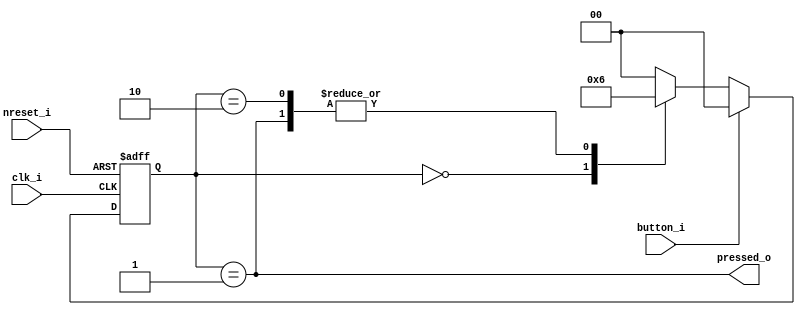
module ButtonInterpreter(
    input button_i,
    input clk_i,
    input nreset_i,
    
    output pressed_o
    );

    reg [1:0] state;

    always @(negedge clk_i or negedge nreset_i) begin
        if (~nreset_i) state <= 2'b00;
        else if (~button_i) 
            case (state)
                2'b00: state <= 2'b01;
                2'b01: state <= 2'b10;
                2'b10: state <= 2'b10;
                default: state <= 2'b00;
            endcase
        else state <= 2'b00;
    end

    assign pressed_o = (state == 2'b01);

endmodule

/* module digitdemux(
    input wire [3:0] a,
    input [1:0] sel,
    output reg [3:0] out_0,
    output reg [3:0] out_1,
    output reg [3:0] out_2,
    output reg [3:0] out_3
    );

    always @(*) begin
        case(sel) 
            2'b00: begin 
                out_0 = a;
                out_1 = 0;
                out_2 = 0;
                out_3 = 0;
            end
            2'b01: begin 
                out_0 = 0;
                out_1 = a;
                out_2 = 0;
                out_3 = 0;
            end
            2'b10: begin 
                out_0 = 0;
                out_1 = 0;
                out_2 = a;
                out_3 = 0;
            end
            2'b11: begin 
                out_0 = 0;
                out_1 = 0; 
                out_2 = 0;
                out_3 = a;
            end
        endcase
    end
endmodule */


module SwitchesManager(
    input key1_i,
    input key2_i,
    input key3_i,
    input set_switch_i,

    input clockmode_i,
    input stopwatchmode_i,
    input timermode_i,
    input clk_i,
    input nreset_i,
    
    output clock_set_run_switch_o, // set if 1, run if 0
    output clock_up_o, // key1
    output clock_down_o,  // key2
    output clock_setmode_o, // key3 set mode (sec, min, hr ) toggle
    
    // no output for switch, key1 for stopwatch
    output stopwatch_reset_o, // key2
    output stopwatch_runpause_o, // key3, run/pause toggle
    
    output timer_set_runorpause_switch_o, // set if 1, run or pause if 0
    output timer_up_o, // key1
    output timer_down_reset_o, // key2
    output timer_setmode_runpause_o // key3, set mode (sec, min, hr) toggle or run/pause toggle
    );

    wire [3:0] temp_outputs; // [0] for the switch, [1], [2], [3] for key1, key2, key3

    assign temp_outputs[0] = set_switch_i;

    ButtonInterpreter Key1Interpreter(
        .button_i(key1_i),
        .clk_i(clk_i),
        .nreset_i(nreset_i),
        .pressed_o(temp_outputs[1])
    );

    ButtonInterpreter Key2Interpreter(
        .button_i(key2_i),
        .clk_i(clk_i),
        .nreset_i(nreset_i),
        .pressed_o(temp_outputs[2])
    );

    ButtonInterpreter Key3Interpreter(
        .button_i(key3_i),
        .clk_i(clk_i),
        .nreset_i(nreset_i),
        .pressed_o(temp_outputs[3])
    );

    assign {clock_setmode_o, clock_down_o, clock_up_o, clock_set_run_switch_o} = {4{clockmode_i}} & temp_outputs;
    //      key3             key2          key1,       switch
    assign {stopwatch_runpause_o, stopwatch_reset_o} = {2{stopwatchmode_i}} & temp_outputs[3:2];
    //      key3                  key2
    assign {timer_setmode_runpause_o, timer_down_reset_o, timer_up_o, timer_set_runorpause_switch_o} = {4{timermode_i}} & temp_outputs;
    //      key3                      key2                key1        switch

    /* wire [3:0] clock_signal, stopwatch_signal, timer_signal;
    
    digitdemux DigitDemux(
        .a(temp_outputs),
        .sel({timermode_i & ~clockmode_i, stopwatchmode_i & ~clockmode_i}),
        .out_0(),
        .out_1(clock_signal),
        .out_2(stopwatch_signal),
        .out_3(timer_signal)
    );

    assign {clock_setmode_o, clock_down_o, clock_up_o, clock_set_run_switch_o} = clock_signal;
    assign {stopwatch_runpause_o, stopwatch_reset_o} = stopwatch_signal[3:2];
    assign {timer_setmode_runpause_o, timer_down_reset_o, timer_up_o, timer_set_runorpause_switch_o} = timer_signal; */

endmodule